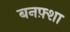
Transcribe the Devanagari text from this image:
बनफ़्शा